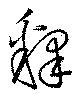
釋